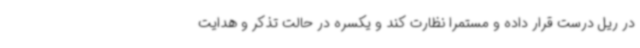
در ریل درست قرار داده و مستمرا نظارت کند و یکسره در حالت تذکر و هدایت